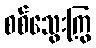
စစ်သွေးကြွ